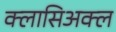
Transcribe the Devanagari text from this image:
क्लासिअक्ल